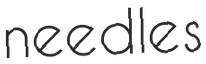
needles